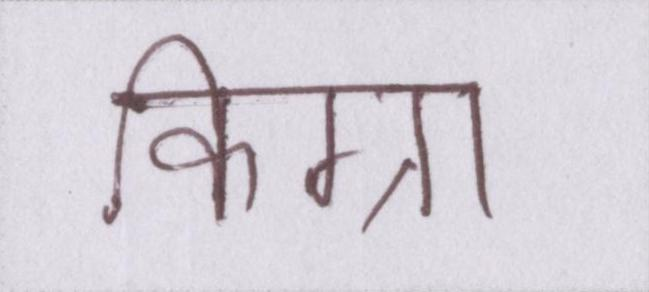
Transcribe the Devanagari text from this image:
किग्रा